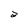
Character: a